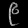
Digit: ၉